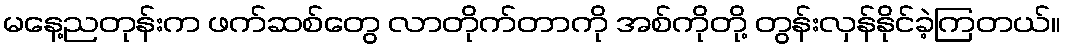
မနေ့ညတုန်းက ဖက်ဆစ်တွေ လာတိုက်တာကို အစ်ကိုတို့ တွန်းလှန်နိုင်ခဲ့ကြတယ်။